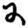
Digit: 2